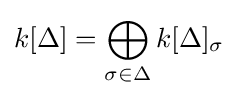
k[\Delta ]=\bigoplus _{\sigma \in \Delta }k[\Delta ]_{\sigma }